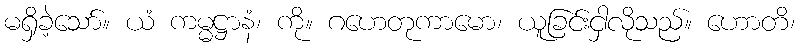
မရှိခဲ့သော်။ ယံ ကမ္မဋ္ဌာနံ၊ ကို။ ဂဟေတုကာမော၊ ယူခြင်းငှါလိုသည်။ ဟောတိ၊